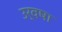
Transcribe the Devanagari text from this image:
उर्वषा